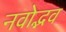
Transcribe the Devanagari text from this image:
नवोद्भव